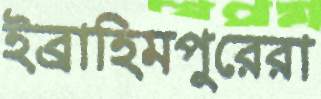
ইব্রাহিমপুরেরা